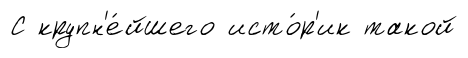
С крупн'е́йшего исто́р'ик такой